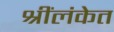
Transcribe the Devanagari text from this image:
श्रींलंकेत